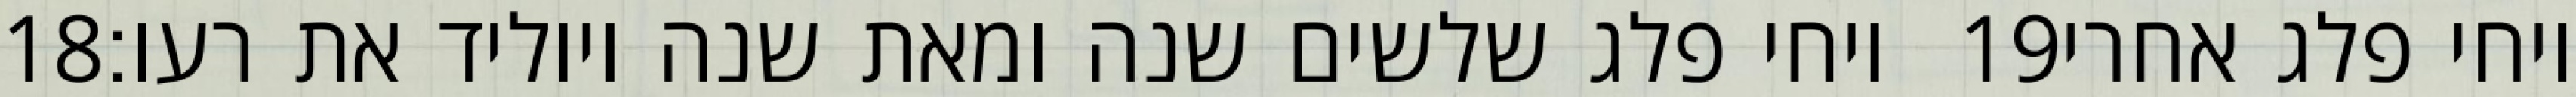
‎18‏ ויחי פלג שלשים שנה ומאת שנה ויוליד את רעו׃ ‎19‏ ויחי פלג אחרי